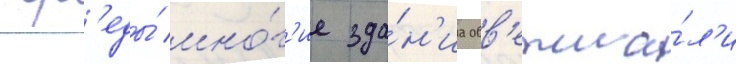
ср'еды́ мно́г'ие зда́н'иа обв'етша́л'и